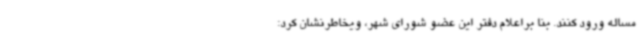
مساله ورود کنند. بنا براعلام دفتر این عضو شورای شهر، ویخاطرنشان کرد: